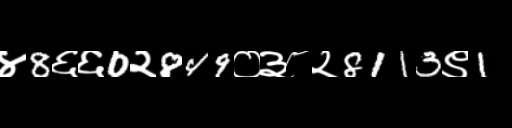
Text: ४8६६0२849०३८२8113९1